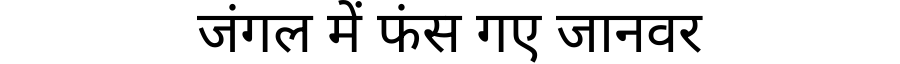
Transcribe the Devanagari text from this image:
जंगल में फंस गए जानवर